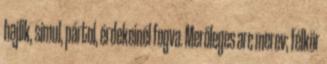
hajlik, simul, pártol, érdekeinél fogva. Merőleges arc merev; félkör